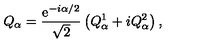
Q _ { \alpha } = \frac { \mathrm { e } ^ { - i \alpha / 2 } } { \sqrt { 2 } } \left( Q _ { \alpha } ^ { 1 } + i Q _ { \alpha } ^ { 2 } \right) ,